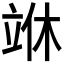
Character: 𰩣